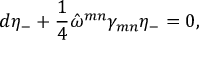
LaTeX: d \eta _ { - } + \frac { 1 } { 4 } \hat { \omega } ^ { m n } \gamma _ { m n } \eta _ { - } = 0 ,